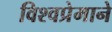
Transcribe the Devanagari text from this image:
विश्वप्रेमाने